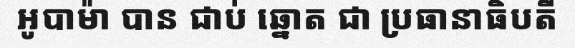
អូបាម៉ា បាន ជាប់ ឆ្នោត ជា ប្រធានាធិបតី